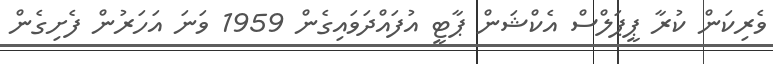
ވެރިކަން ކުރާ ޕީޕަލްސް އެކްޝަން ޕާޓީ އުފައްދަވައިގެން 1959 ވަނަ އަހަރުން ފެށިގެން